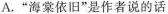
A.”海棠依旧”是作者说的话